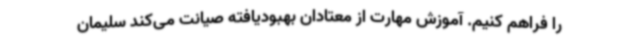
را فراهم کنیم. آموزش‌ مهارت از معتادان بهبودیافته صیانت می‌کند سلیمان